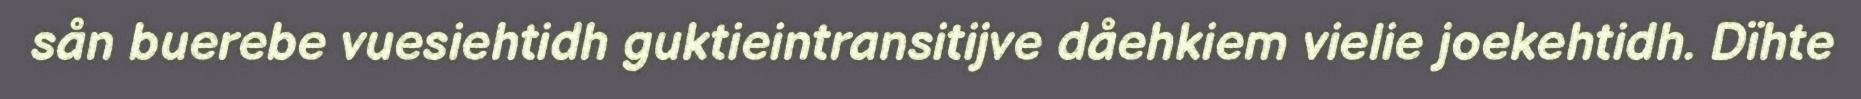
sån buerebe vuesiehtidh guktieintransitijve dåehkiem vielie joekehtidh. Dïhte